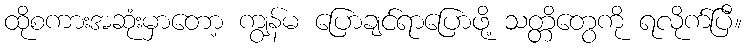
ထိုစကားအဆုံးမှာတော့ ကျွန်မ ပြောချင်ရာပြောဖို့ သတ္တိတွေကို ရလိုက်ပြီ။